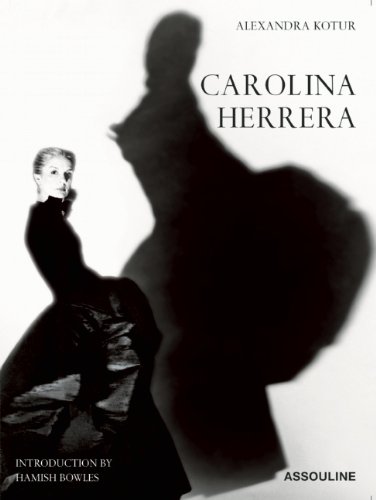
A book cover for Carolina Herrera; Alexandra Kotur; Arts & Photography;